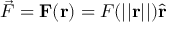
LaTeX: { \vec { F } } = \mathbf { F } ( \mathbf { r } ) = F ( | | \mathbf { r } | | ) { \hat { \mathbf { r } } }